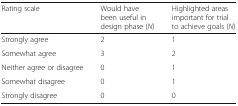
<table><thead><tr><td><b>Rating scale</b></td><td><b>Would have been useful in design phase (<i>N</i>)</b></td><td><b>Highlighted areas important for trial to achieve goals (<i>N</i>)</b></td></tr></thead><tbody><tr><td>Strongly agree</td><td>2</td><td>1</td></tr><tr><td>Somewhat agree</td><td>3</td><td>2</td></tr><tr><td>Neither agree or disagree</td><td>0</td><td>1</td></tr><tr><td>Somewhat disagree</td><td>0</td><td>1</td></tr><tr><td>Strongly disagree</td><td>0</td><td>0</td></tr></tbody></table>